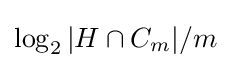
\log _{2}{|H\cap C_{m}|/m}